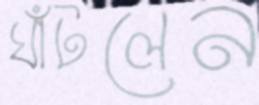
ঘাঁটলেন